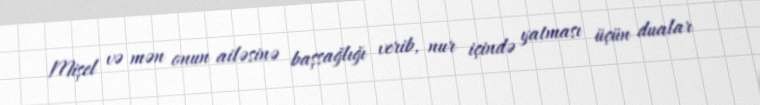
Mişel və mən onun ailəsinə başsağlığı verib, nur içində yatması üçün dualar